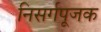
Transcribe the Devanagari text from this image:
निसर्गपूजक